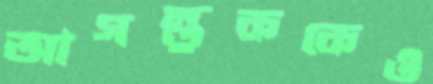
আগন্তুককেও